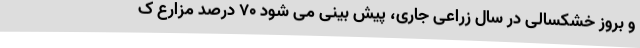
و بروز خشکسالی در سال زراعی جاری، پیش بینی می شود ۷۰ درصد مزارع ک